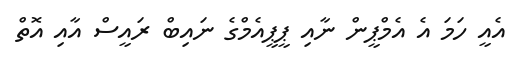
އެއީ ހަމަ އެ އެމްޕީން ނާއި ޕީޕީއެމްގެ ނައިބް ރައީސް އާއި އޮތް